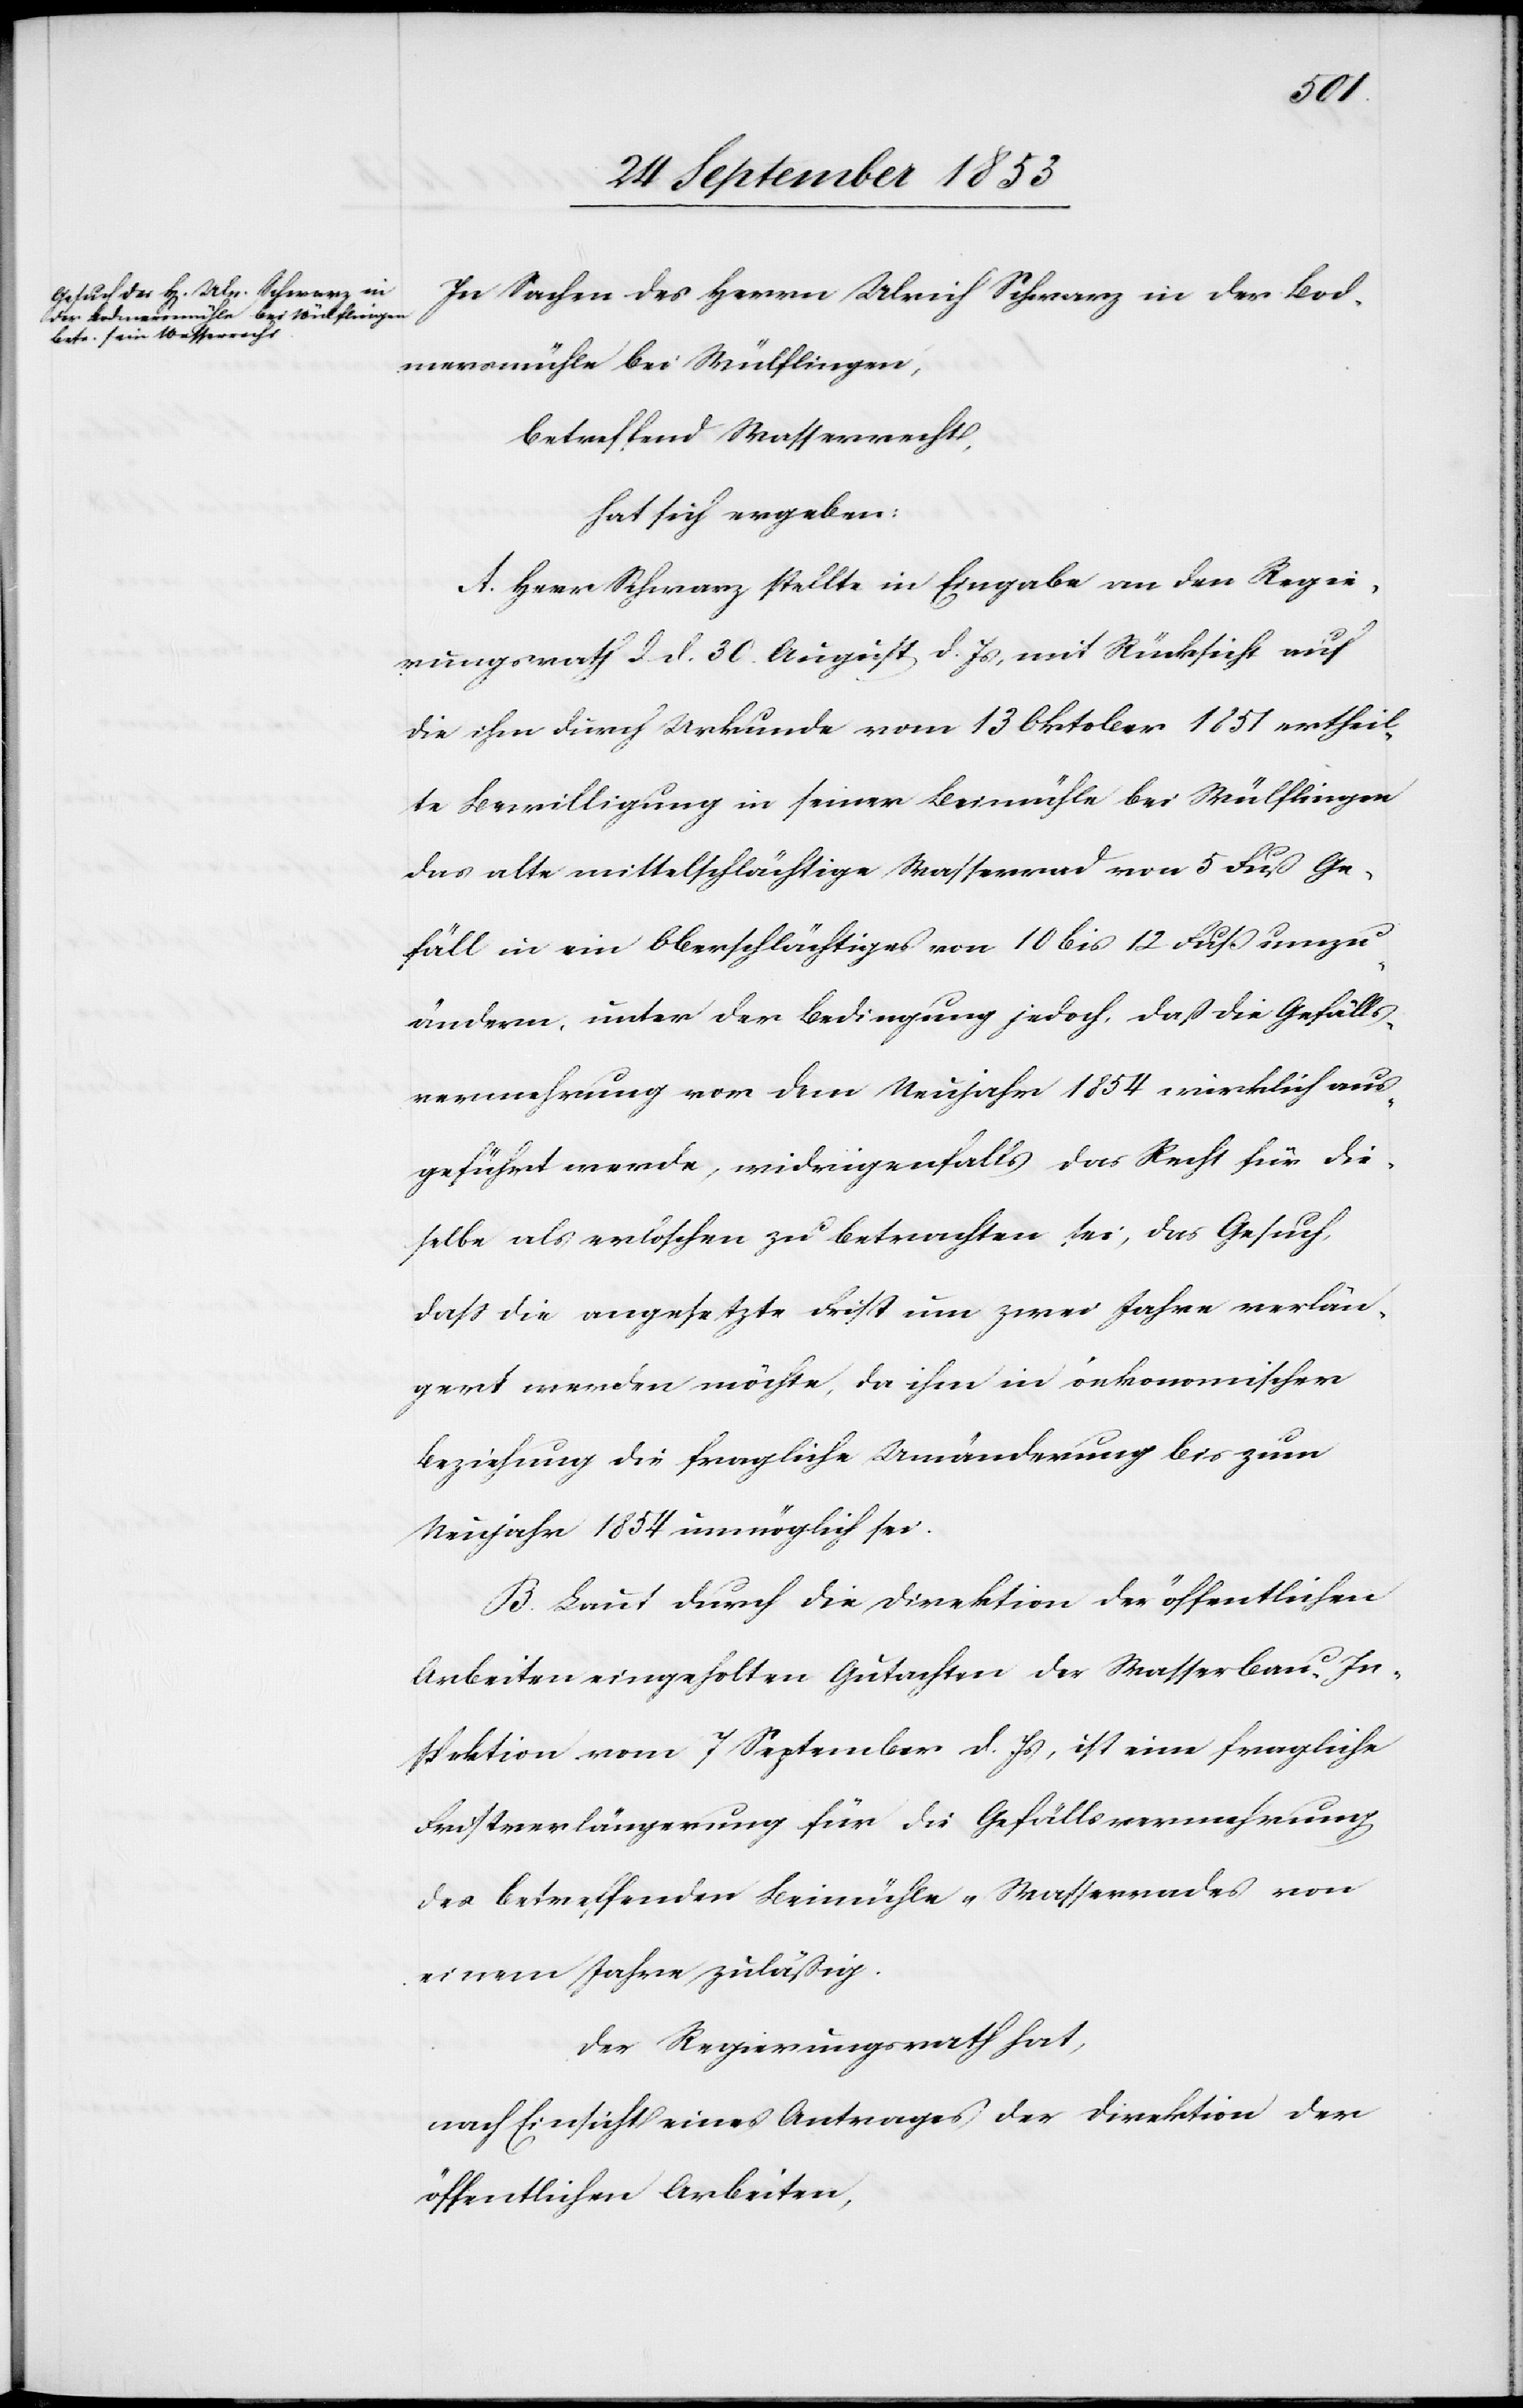
In Sachen des Herrn Ulrich Schwarz in der Bod¬
mersmühle bei Wülflingen,
betreffend Wasserrecht,
hat sich ergeben:
A. Herr Schwarz stellte in Eingabe an den Regie¬
rungsrath d. d. 30 August d. Js., mit Rücksicht auf
die ihm durch Urkunde vom 13 Oktober 1851 ertheil¬
te Bewilligung in seiner Beimühle bei Wülflingen
das alte mittelschlächtige Wasserrad von 5 Fuß Ge¬
fäll in ein Oberschlächtiges von 10 bis 12 Fuß umzu¬
ändern, unter der Bedingung jedoch, daß die Gefälls¬
vermehrung vor dem Neujahr 1854 wirklich aus¬
geführt werde, widrigensfalls das Recht für die¬
selbe als erloschen zu betrachten sei, das Gesuch,
daß die angesetzte Frist um zwei Jahre verlän¬
gert werden möchte, da ihm in ökonomischer
Beziehung die fragliche Umänderung bis zum
Neujahr 1854 unmöglich sei.
B. Laut durch die Direktion der öffentlichen
Arbeiten eingeholten Gutachten der Wasserbau-In¬
spektion vom 7 September d. Js., ist eine fragliche
Fristverlängerung für die Gefällsvermehrung
des betreffenden Beimühle-Wasserrades von
einem Jahre zuläßig.
Der Regierungsrath hat,
nach Einsicht eines Antrages der Direktion der
öffentlichen Arbeiten,